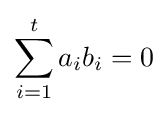
\sum _{i=1}^{t}a_{i}b_{i}=0